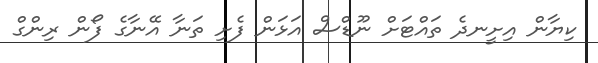
ކިޔާން އިށީނދެ ތައްޓަށް ނޫޑްސް އަޅަން ފެށި ތަނާ އޭނާގެ ފޯން ރިންގް